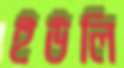
ইউলি